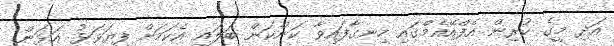
އަދި މީގެ ކުރިން އެފްއޭއެމްގައި ހިނގާފައިވާ ކަންކަން ބަލައި އެކަމަށް ފިޔަވަޅު އަޅަން